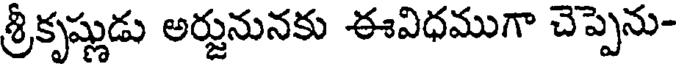
శ్రీకృష్ణుడు అర్జునునకు ఈవిధముగా చెప్పెను-